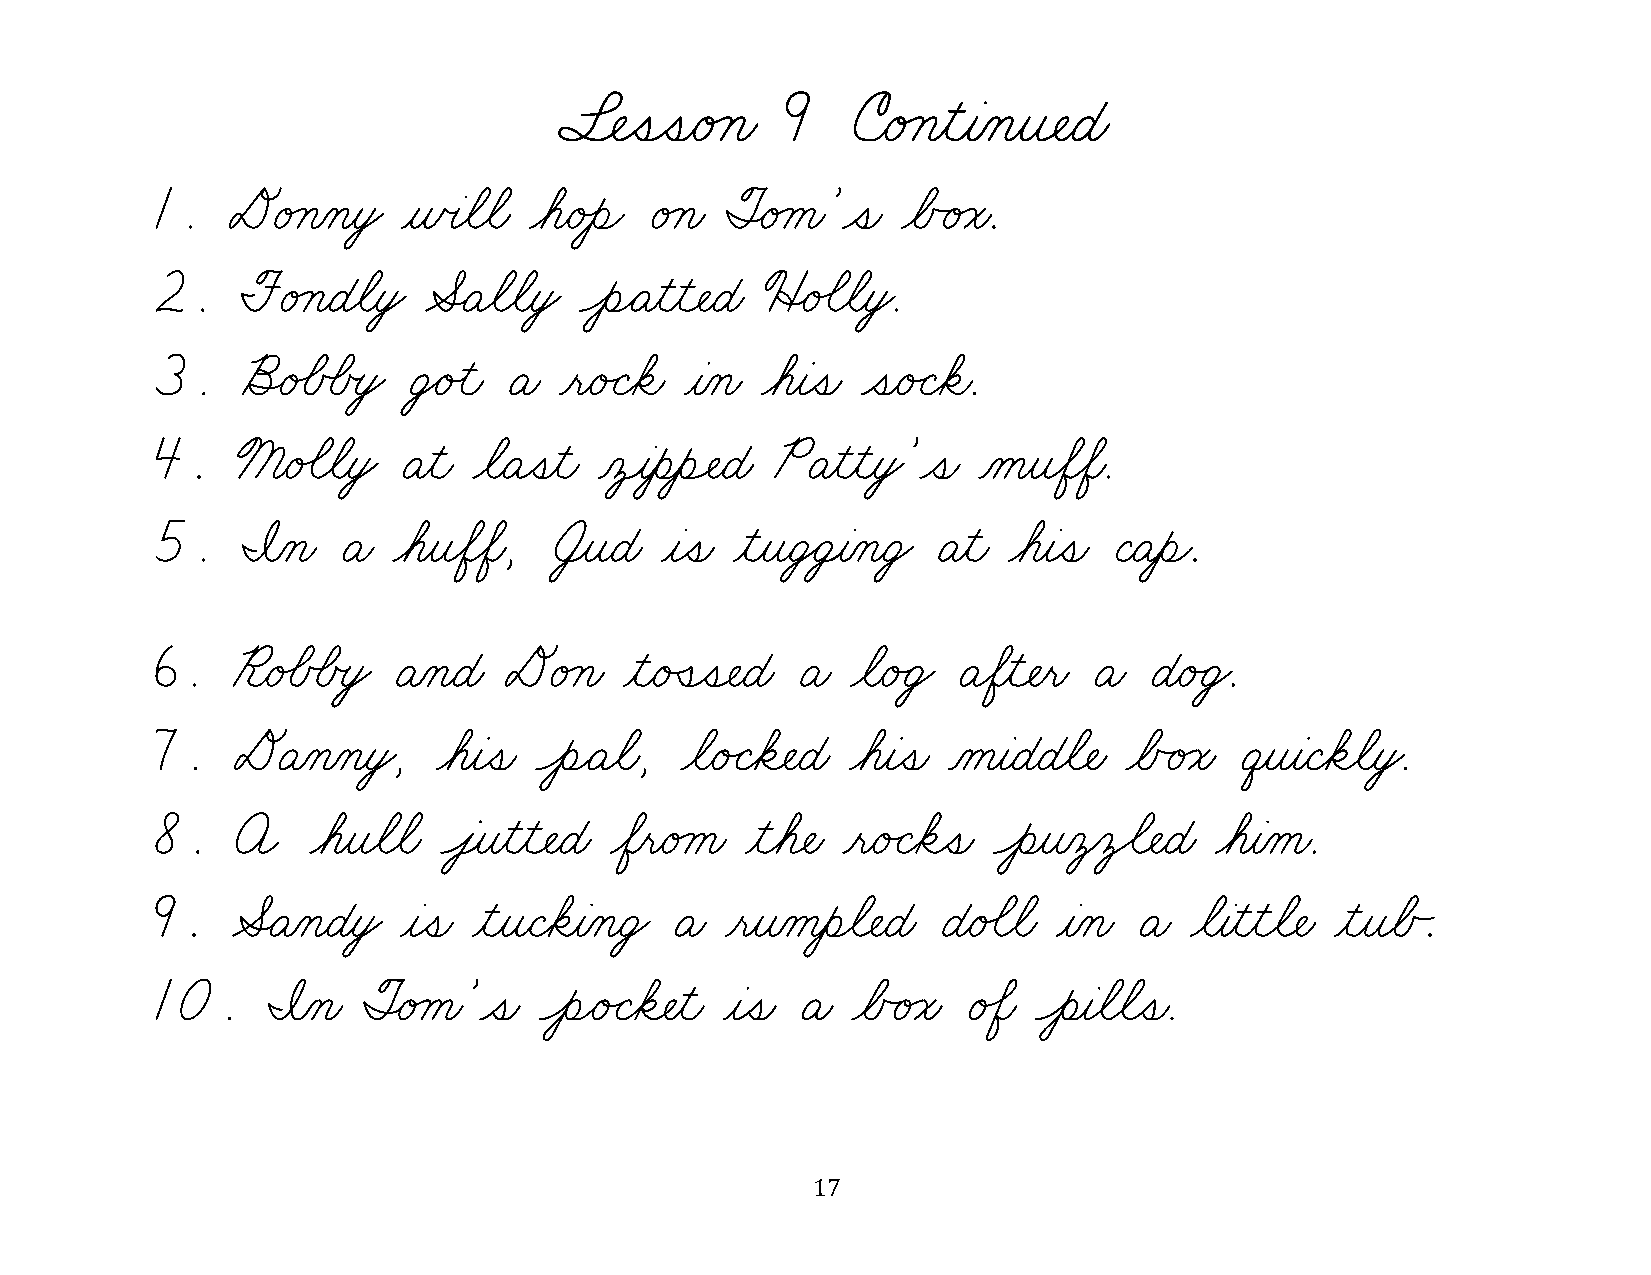
§¬ÑˆíˆíæéÁçæ   9   úæéÁçƒìƒàÀçƒî¬ÑæÉæ
 1.   DéÁçÀçƒòŸ   ƒñœàøãøãæ øáæéÙèÌ éÁçæ ØËéÁåæ’ˆíæ øÅÃéÁóæ.
 2.    FéÁçæÉøãƒòŸ ÆËÄøãøãƒòŸ ÔèÌÄƒìƒì¬ÑæÉæ üËé‰ãøãƒòŸ.
 3.    õËé‰ÅÕÅœòŸ ÜŸéÙìæ Äæ ƒëæé„Çøäæ ƒàÀçæ øáƒàˆíæ ˆíæé„Çøäæ.
 4.    ßæé‰ãøãƒòŸ Äƒìæ øãæÄˆíƒìæ Àô¸àƒèƒèÓÑæÉæ PÄƒìƒìƒòŸ’ˆíæ ÀåƒîøÖøÖæ.
 5.    ˜Àçæ  Äæ  øáƒîøÖøÖæ, †¸îæÉæ ƒàˆíæ ƒìƒîæÜŸÜ¸àÀçæÜŸ Äƒìæ øáƒàˆíæ ÇæÄƒèÌ.
 6.   ¨æé‰ÅÕÅœòŸ ÄÀçæÉæ DéÁçæ   ƒìæéÛíˆí¬ÑæÉæ Äæ øãæé„ÜŸ ÄøÖƒì¬Ñƒëæ Äæ Éæé„ÜŸ.
 7.   DÄÀçÀçƒòŸ,    øáƒàˆíæ ÔèÌÄøãæ, øãæé„Çøä¬ÑæÉæ øáƒàˆíæ ÀåƒàæÉæÉøã¬Ñæ øÅÃéÁóæ êƒîƒàæÇøäøãƒòŸ.
 8.    A    øáƒîøãøãæ Ôâ¸îƒìƒì¬ÑæÉæ øÖƒëæéÁåæ ƒìøá¬Ñæ ƒëæé„Çøäˆíæ ÔèƒîÀô‚ô€ã¬ÑæÉæ øáƒàÀåæ.
 9.   ÆËÄÀçæÉƒòŸ  ƒàˆíæ ƒìƒîæÇøäƒàÀçæÜŸ Äæ ƒëƒîÀåƒèøã¬ÑæÉæ Éæé‰ãøãæ ƒàÀçæ Äæ øãƒàƒìƒìøã¬Ñæ ƒìƒîøÅÃ.
 10.     ˜Àçæ  ØËéÁåæ’ˆíæ  ÔèÌé„Çøä¬Ñƒìæ ƒàˆíæ Äæ øÅÃéÁóæ é‰Öæ Ôèƒàøãøãˆíæ.
 17